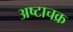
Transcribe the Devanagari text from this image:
अष्टाचक्र